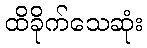
ထိခိုက်သေဆုံး